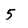
Character: 5